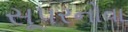
સૂપરનોવા